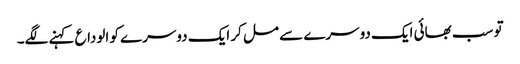
تو سب بھائی ایک دوسرے سے مل کر ایک دوسرے کو الوداع کہنے لگے۔